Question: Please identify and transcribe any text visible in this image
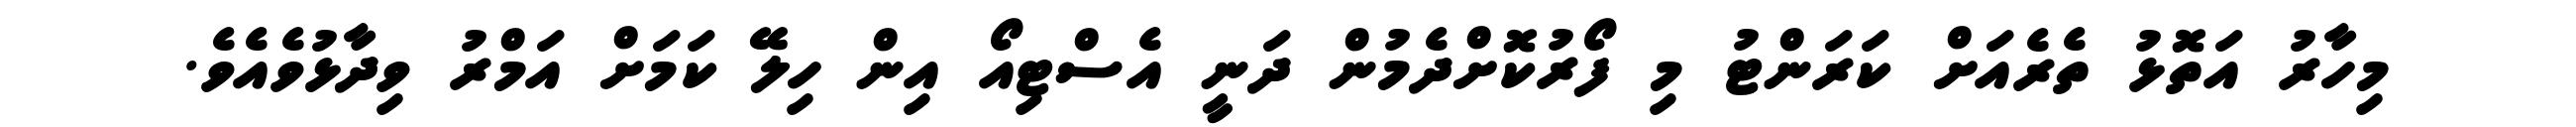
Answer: މިހާރު އަތޮޅު ތެރެއަށް ކަރަންޓު މި ފޯރުކޮށްދެމުން ދަނީ އެސްޓިއޯ އިން ހިލޭ ކަމަށް އަމްރު ވިދާޅުވެއެވެ.